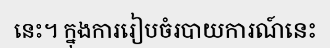
នេះ។ ក្នុងការរៀបចំរបាយការណ៍នេះ